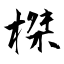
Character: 榤